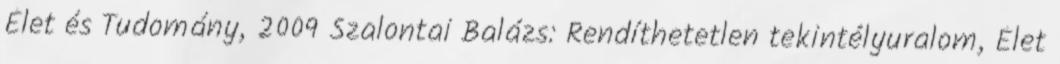
Élet és Tudomány, 2009 Szalontai Balázs: Rendíthetetlen tekintélyuralom, Élet